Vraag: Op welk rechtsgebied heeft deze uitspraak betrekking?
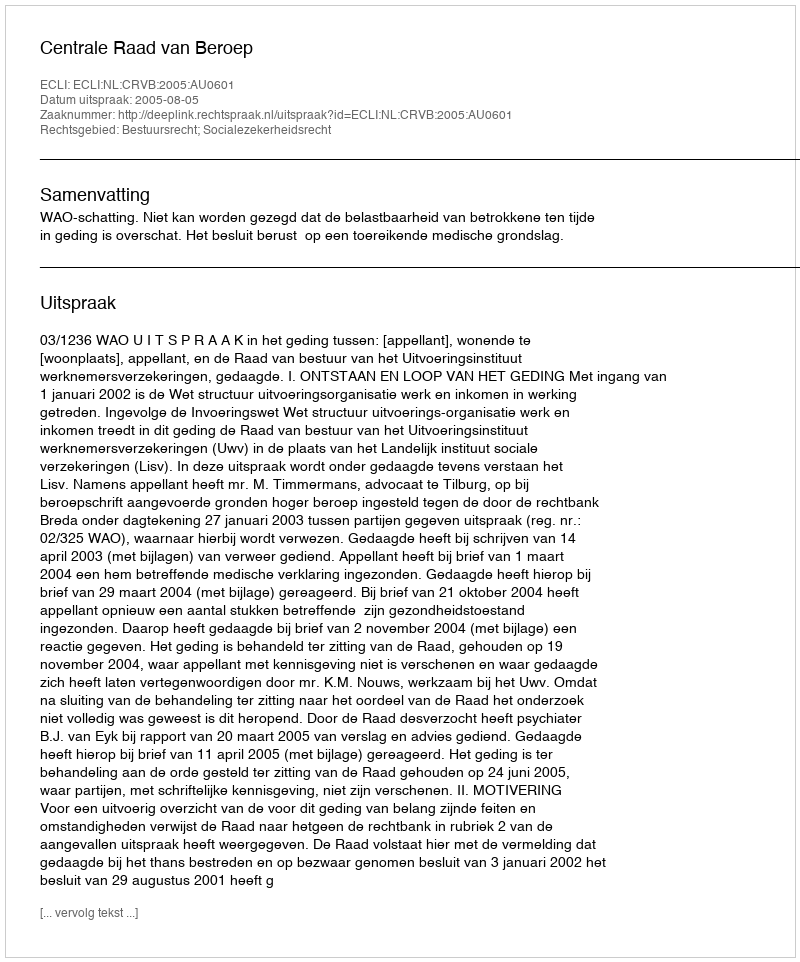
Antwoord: Bestuursrecht; Socialezekerheidsrecht